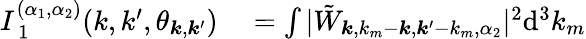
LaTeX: \begin{array}{rl}{I_{\mathrm{~1~}}^{(\alpha_{1},\alpha_{2})}(k,k^{\prime},\theta_{\boldsymbol{k},\boldsymbol{k}^{\prime}})}&{{}=\int|\tilde{W}_{\boldsymbol{k},k_{m}-\boldsymbol{k},\boldsymbol{k}^{\prime}-k_{m},\alpha_{2}}|^{2}\mathrm{d}^{3}k_{m}}\end{array}